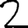
Digit: 2